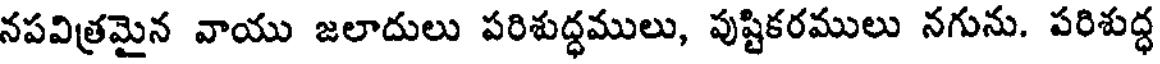
నపవిత్రమైన వాయు జలాదులు పరిశుద్ధములు, పుష్టికరములు నగును. పరిశుద్ధ